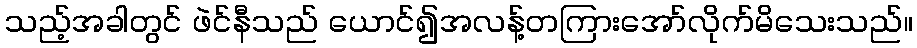
သည့်အခါတွင် ဖဲင်နီသည် ယောင်၍အလန့်တကြားအော်လိုက်မိသေးသည်။